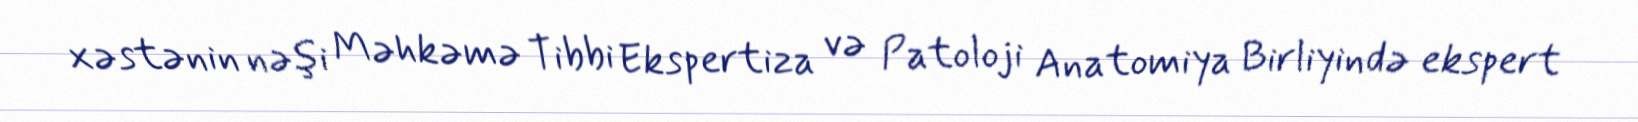
xəstənin nəşi Məhkəmə Tibbi Ekspertiza və Patoloji Anatomiya Birliyində ekspert